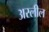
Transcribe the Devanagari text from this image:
अस्लील